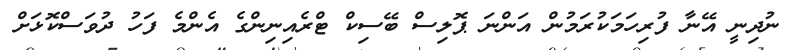
ނުދިނީ އޭނާ ފުރިހަމަކުރަމުން އަންނަ ޕޮލިސް ބޭސިކް ޓްރެއިނިންގެ އެންމެ ފަހު ދުވަސްކޮޅަށް